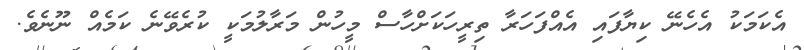
އެކަމަކު އެހެނޭ ކިޔާފައި އެއްފަހަރާ ތިރީހަކަށްހާސް މީހުން މަރާލުމަކީ ކުރެވޭނެ ކަމެއް ނޫނެވެ.